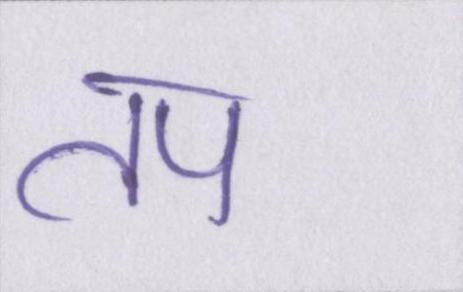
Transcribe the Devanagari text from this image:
तप